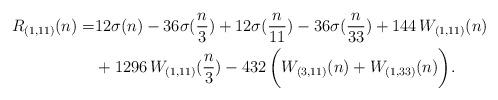
LaTeX: \begin{align*}R_{(1,11)}(n) = & 12\sigma(n) - 36\sigma(\frac{n}{3}) + 12\sigma(\frac{n}{11}) -36\sigma(\frac{n}{33}) + 144\, W_{(1,11)}(n) \\ &+ 1296\, W_{(1,11)}(\frac{n}{3}) - 432\, \biggl( W_{(3,11)}(n) + W_{(1,33)}(n) \biggr).\end{align*}